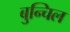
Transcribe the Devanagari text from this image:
बुन्चिल